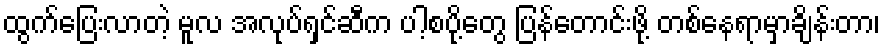
ထွက်ပြေးလာတဲ့ မူလ အလုပ်ရှင်ဆီက ပါ့စပို့တွေ ပြန်တောင်းဖို့ တစ်နေရာမှာချိန်းတာ၊